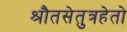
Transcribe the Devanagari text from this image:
श्रौतसेतुत्रहेतो